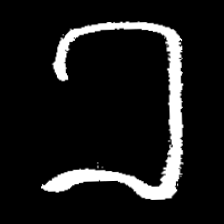
Pyu character \u2014 Myanmar letter: ခ (romanized: kha)